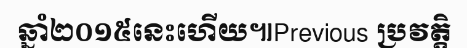
ឆ្នាំ២០១៥នេះហើយ៕Previous ប្រវត្តិ